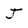
Character: J